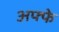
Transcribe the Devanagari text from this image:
अफ्फे